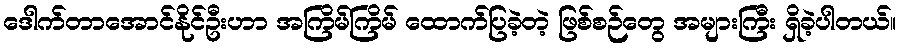
ဒေါက်တာအောင်နိုင်ဦးဟာ အကြိမ်ကြိမ် ထောက်ပြခဲ့တဲ့ ဖြစ်စဉ်တွေ အများကြီး ရှိခဲ့ပါတယ်။